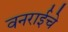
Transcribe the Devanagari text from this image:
वनराईचे